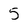
Character: 5